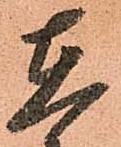
在